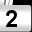
Digit: 2